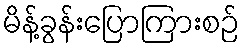
မိန့်ခွန်းပြောကြားစဉ်